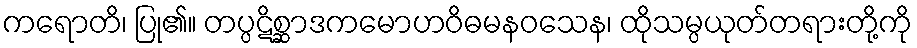
ကရောတိ၊ ပြု၏။ တပ္ပဋိစ္ဆာဒကမောဟဝိဓမနဝသေန၊ ထိုသမ္ပယုတ်တရားတို့ကို